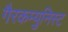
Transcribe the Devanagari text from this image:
गैरकम्युनिस्ट